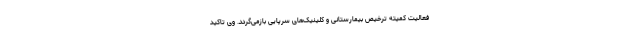
فعالیت کمیته ترخیص بیمارستانی و کلینیک‌های سرپایی بازمی‌گردد. وی تاکید